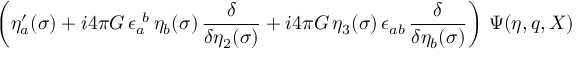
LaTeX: \left( \eta _ { a } ^ { \prime } ( \sigma ) + i 4 \pi G \, \epsilon _ { a } ^ { ~ b } \, \eta _ { b } ( \sigma ) \, { \frac { \delta } { \delta \eta _ { 2 } ( \sigma ) } } + i 4 \pi G \, \eta _ { 3 } ( \sigma ) \, \epsilon _ { a b } \, { \frac { \delta } { \delta \eta _ { b } ( \sigma ) } } \right) \, \Psi ( \eta , q , X ) \hspace * { \fill }